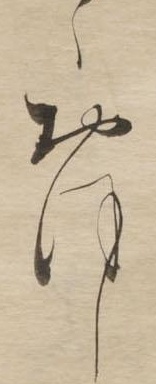
ゝおほし